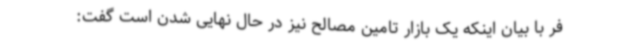
فر با بیان اینکه یک بازار تامین مصالح نیز در حال نهایی شدن است گفت: